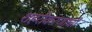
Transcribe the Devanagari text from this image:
शहरीकरणाची